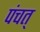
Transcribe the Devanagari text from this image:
पंचत्‌